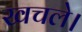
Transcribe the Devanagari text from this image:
खचले।